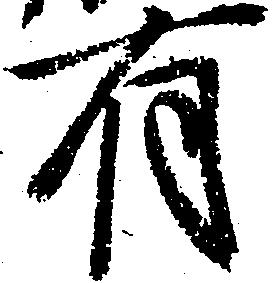
有